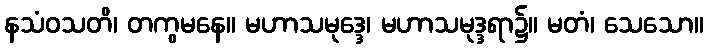
နသံဝသတိ၊ တကွမနေ။ မဟာသမုဒ္ဒေ၊ မဟာသမုဒ္ဒရာ၌။ မတံ၊ သေသော။